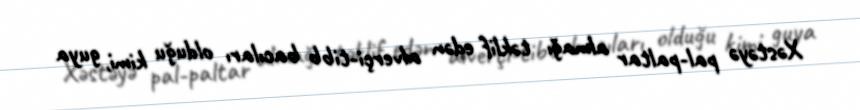
Xəstəyə pal-paltar almağı təklif edən alverçi-tibb bacıları olduğu kimi, guya